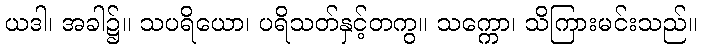
ယဒါ၊ အခါ၌။ သပရိယော၊ ပရိသတ်နှင့်တကွ။ သက္ကော၊ သိကြားမင်းသည်။